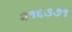
૨૧૬૩૭૧